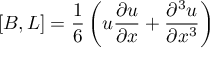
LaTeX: \left[ B , L \right] = { \frac { 1 } { 6 } } \left( u { \frac { \partial u } { \partial x } } + { \frac { \partial ^ { 3 } u } { \partial x ^ { 3 } } } \right)